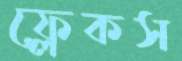
ফ্লেকস